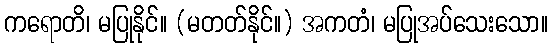
ကရောတိ၊ မပြုနိုင်။ (မတတ်နိုင်။) အကတံ၊ မပြုအပ်သေးသော။